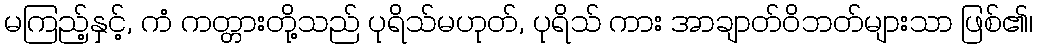
မကြည့်နှင့်, ကံ ကတ္တားတို့သည် ပုရိသ်မဟုတ်, ပုရိသ် ကား အာချာတ်ဝိဘတ်များသာ ဖြစ်၏၊